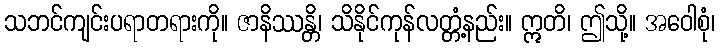
သဘင်ကျင်းပရာတရားကို။ ဇာနိဿန္တိ၊ သိနိုင်ကုန်လတ္တံ့နည်း။ ဣတိ၊ ဤသို့။ အဝေါစုံ၊